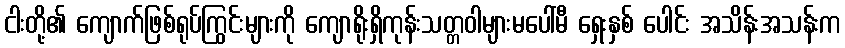
ငါးတို့၏ ကျောက်ဖြစ်ရုပ်ကြွင်းများကို ကျောရိုးရှိကုန်းသတ္တဝါများမပေါ်မီ ရှေးနှစ် ပေါင်း အသိန်းအသန်းက